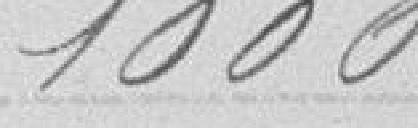
1000